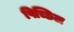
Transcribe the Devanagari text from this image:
पिच्छिल